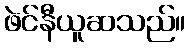
ဖဲင်နီယူဆသည်။